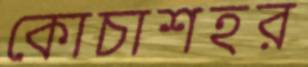
কোচাশহর